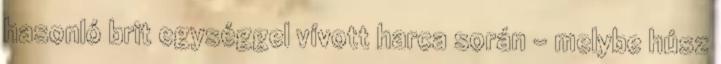
hasonló brit egységgel vívott harca során - melybe húsz